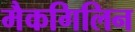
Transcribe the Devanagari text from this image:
मैकगिलिन